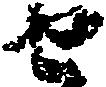
せ